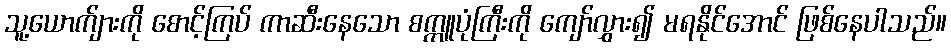
သူ့ယောက်ျားကို စောင့်ကြပ် ကာဆီးနေသော စက္ကူပုံကြီးကို ကျော်လွှား၍ မရနိုင်အောင် ဖြစ်နေပါသည်။